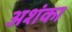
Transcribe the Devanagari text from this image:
अशंका